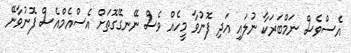
އެސްވެސް ނަމްބަރަކާ ނުލައި އަދި ފޮނުވާ މީހެއް ވެސް ނޭނގޭގޮތަށް އެސްއެމްއެސް ފޮނުވާނޭ